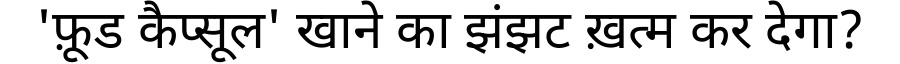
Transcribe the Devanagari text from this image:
'फ़ूड कैप्सूल' खाने का झंझट ख़त्म कर देगा?